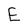
Character: E